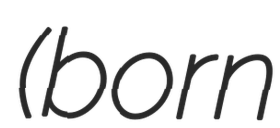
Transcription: (born